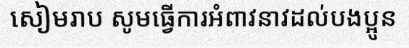
សៀមរាប សូមធ្វើការអំពាវនាវដល់បងប្អូន